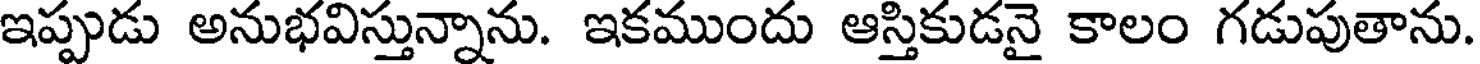
ఇప్పుడు అనుభవిస్తున్నాను. ఇకముందు ఆస్తికుడనై కాలం గడుపుతాను.